Scientific memoirs by medical officers of the Army of India - Part III,
Year: 1887
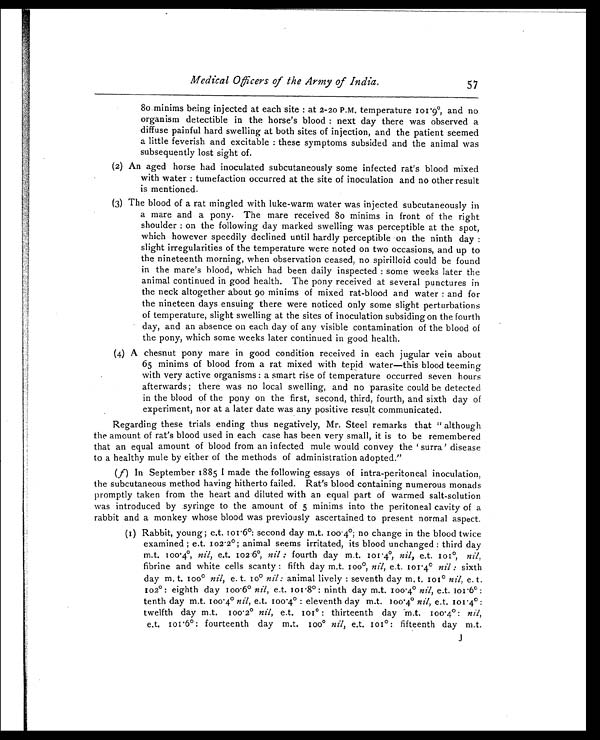
Medical Officers of the Army of India.
57
8o minims being injected at each site: at 2-20 P.M. temperature 101.9°, and no
organism detectible in the horse's blood: next day there was observed a
diffuse painful hard swelling at both sites of injection, and the patient seemed
a little feverish and excitable: these symptoms subsided and the animal was
subsequently lost sight of.
(2) An aged horse had inoculated subcutaneously some infected rat's blood mixed
with water: tumefaction occurred at the site of inoculation and no other result
is mentioned.
(3) The blood of a rat mingled with luke-warm water was injected subcutaneously in
a mare and a pony. The mare received 80 minims in front of the right
shoulder: on the following day marked swelling was perceptible at the spot,
which however speedily declined until hardly perceptible on the ninth day:
slight irregularities of the temperature were noted on two occasions, and up to
the nineteenth morning, when observation ceased, no spirilloid could be found
in the mare's blood, which had been daily inspected: some weeks later the
animal continued in good health. The pony received at several punctures in
the neck altogether about 90 minims of mixed rat-blood and water: and for
the nineteen days ensuing there were noticed only some slight perturbations
of temperature, slight swelling at the sites of inoculation subsiding on the fourth
day, and an absence on each day of any visible contamination of the blood of
the pony, which some weeks later continued in good health.
(4) A chesnut pony mare in good condition received in each jugular vein about
65 minims of blood from a rat mixed with tepid water—this blood teeming
with very active organisms: a smart rise of temperature occurred seven hours
afterwards; there was no local swelling, and no parasite could be detected
in the blood of the pony on the first, second, third, fourth, and sixth day of
experiment, nor at a later date was any positive result communicated.
Regarding these trials ending thus negatively, Mr. Steel remarks that "although
the amount of rat's blood used in each case has been very small, it is to be remembered
that an equal amount of blood from an infected mule would convey the 'surra' disease
to a healthy mule by either of the methods of administration adopted."
(f) In September 1885 I made the following essays of intra-peritoneal inoculation,
the subcutaneous method having hitherto failed. Rat's blood containing numerous monads
promptly taken from the heart and diluted with an equal part of warmed salt-solution
was introduced by syringe to the amount of 5 minims into the peritoneal cavity of a
rabbit and a monkey whose blood was previously ascertained to present normal aspect.
(I) Rabbit, young; e.t. 101.6°: second day m.t. 100.4°;
no change in the blood twice
examined; e.t. 102.2°; animal seems irritated, its blood unchanged: third day
m.t. 100.4°, nil, e.t. 102 6°, nil: fourth day m.t. 101.4°, nil, e.t. 101°, nil,
fibrine and white cells scanty: fifth day m.t. 100°, e.t. 101.4° nil: sixth
day
m.
t.
100°
nil, e.
t.
10°
nil: animal lively: seventh day m. t. 101° nil, e. t.
102°: eighth day 100.6° nil, e.t. 101.8°: ninth day m.t. 100.4° nil, e.t.
101.6°:
tenth day m.t. 100.4° nil, e.t. 100.4°: eleventh day m.t. 100.4° nil, e.t. 101.4°:
twelfth day m.t. 100.2° nil, e.t. 101° : thirteenth day m.t. 100.4°: nil,
e.t. 101.6°: fourteenth day m.t.
100° nil, e.t. 101°: fifteenth day m.t.